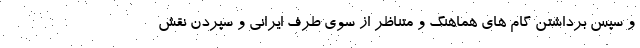
و سپس برداشتن گام های هماهنگ و متناظر از سوی طرف ایرانی و سپردن نقش